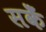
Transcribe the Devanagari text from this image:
सकेँ